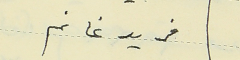
فريد غانم